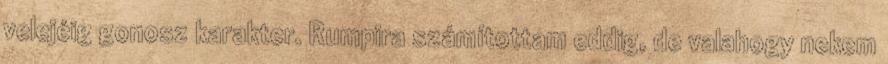
velejéig gonosz karakter. Rumpira számítottam eddig, de valahogy nekem